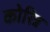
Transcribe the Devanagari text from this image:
कोरिन्न